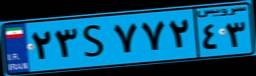
۲۳S۷۷۲۴۳